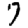
Digit: 7